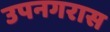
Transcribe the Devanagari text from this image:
उपनगरास